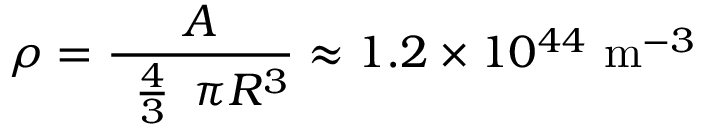
\rho = { \frac { A } { { \begin{array} { l } { { \frac { 4 } { 3 } } } \end{array} } \pi R ^ { 3 } } } \approx 1 . 2 \times 1 0 ^ { 4 4 } \ \mathrm { m } ^ { - 3 }